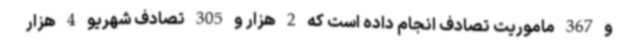
و 367 ماموریت تصادف انجام داده است که 2 هزار و 305 تصادف شهریو 4 هزار